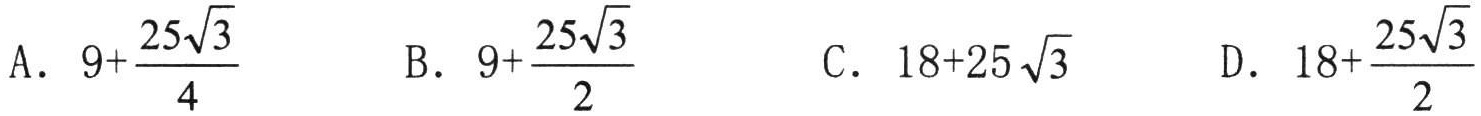
A. \(9+\frac{25\sqrt{3}}{4}\)

B. \(9+\frac{25\sqrt{3}}{2}\)

C. \(18 + 25\sqrt{3}\)

D. \(18+\frac{25\sqrt{3}}{2}\)